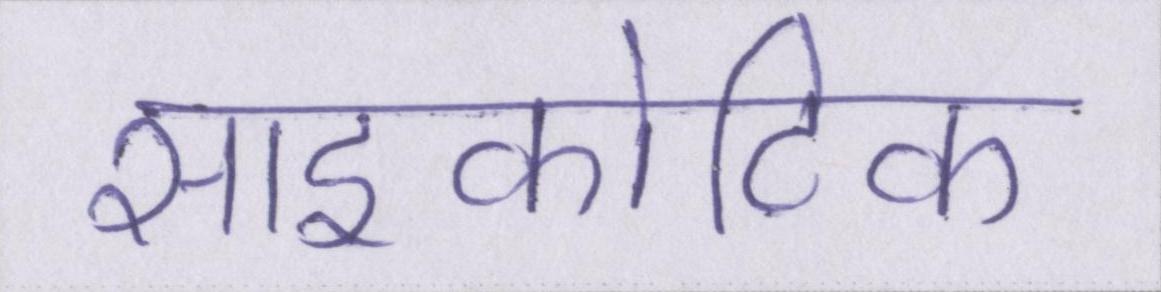
साइकोटिक